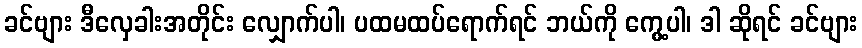
ခင်ဗျား ဒီလှေခါးအတိုင်း လျှောက်ပါ၊ ပထမထပ်ရောက်ရင် ဘယ်ကို ကွေ့ပါ၊ ဒါ ဆိုရင် ခင်ဗျား